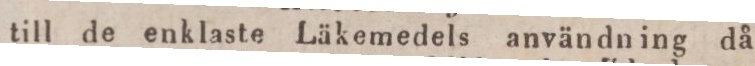
till de enklaste Läkemedels använding då